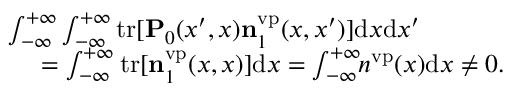
\begin{array} { r } { \int _ { - \infty } ^ { + \infty } \int _ { - \infty } ^ { + \infty } \ensuremath { \mathrm { t r } } [ \ensuremath { \mathbf { P } } _ { 0 } ( x ^ { \prime } , x ) \ensuremath { \mathbf { n } } _ { 1 } ^ { \mathrm { v p } } ( x , x ^ { \prime } ) ] \ensuremath { \mathrm { d } } x \ensuremath { \mathrm { d } } x ^ { \prime } \phantom { x x x x x x } } \\ { = \int _ { - \infty } ^ { + \infty } \ensuremath { \mathrm { t r } } [ \ensuremath { \mathbf { n } } _ { 1 } ^ { \mathrm { v p } } ( x , x ) ] \ensuremath { \mathrm { d } } x = \int _ { - \infty } ^ { + \infty } \! \! n ^ { \mathrm { v p } } ( x ) \ensuremath { \mathrm { d } } x \neq 0 . } \end{array}